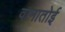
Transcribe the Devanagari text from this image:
वानातोई